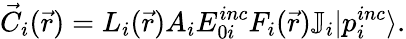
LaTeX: \vec{C}_{i}(\vec{r})=L_{i}(\vec{r})A_{i}E_{0i}^{inc}F_{i}(\vec{r})\mathbb{J}_{i}|p_{i}^{inc}\rangle.